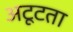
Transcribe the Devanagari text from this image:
अटूटता